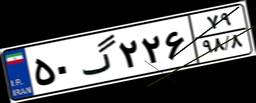
۵۰گ۲۲۶۷۹